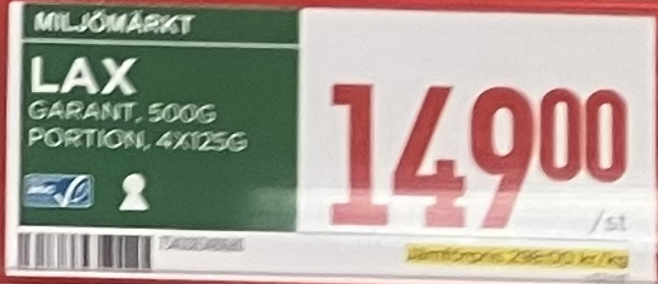
Vara: Lax
Genomsnittspris: 298 per kg